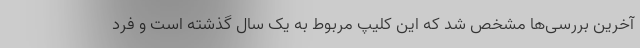
آخرین بررسی‌ها مشخص شد که این کلیپ مربوط به یک سال گذشته است و فرد